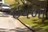
ઇયળો